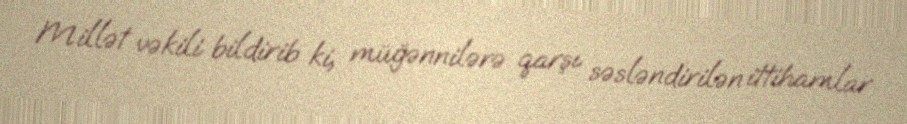
Millət vəkili bildirib ki, müğənnilərə qarşı səsləndirilən ittihamlar